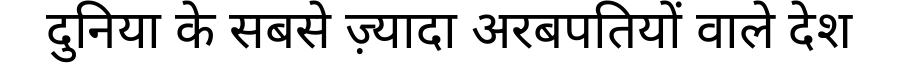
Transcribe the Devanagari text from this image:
दुनिया के सबसे ज़्यादा अरबपतियों वाले देश